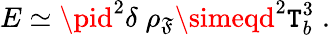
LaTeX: E\simeq\pid^{2}\delta\; \rho_{\mathfrak{F}}\simeqd^{2}\mathtt{T}_{b}^{3}\; .